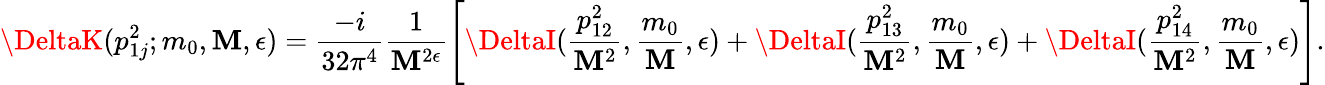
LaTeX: \DeltaK(p_{1j}^{2};m_{0},\mathbf{M},\epsilon)=\frac{{-i}}{{32\pi^{4}}}\frac{{1}}{{\mathbf{M}^{2\epsilon}}}\left[\DeltaI(\frac{{p_{12}^{2}}}{{\mathbf{M}^{2}}},\frac{{m_{0}}}{{\mathbf{M}}},\epsilon)+\DeltaI(\frac{{p_{13}^{2}}}{{\mathbf{M}^{2}}},\frac{{m_{0}}}{{\mathbf{M}}},\epsilon)+\DeltaI(\frac{{p_{14}^{2}}}{{\mathbf{M}^{2}}},\frac{{m_{0}}}{{\mathbf{M}}},\epsilon)\right].